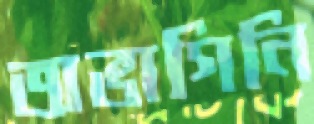
অভাগিনি